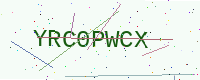
Text: YRC0PWCX